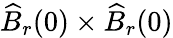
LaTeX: \widehat{B}_{r}(0)\times\widehat{B}_{r}(0)